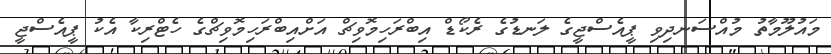
މައުލޫމާތު މުއްސަނދިވި ޕީއެސްޖީގެ ލަނޑުގެ ރެކޯޑް އިބްރަހިމޮވިޗް އަށްއިބްރަހިމޮވިޗްގެ ހެޓްރިކާ އެކު ޕީއެސްޖީ